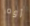
أوه